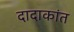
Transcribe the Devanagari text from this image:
दादाकांत